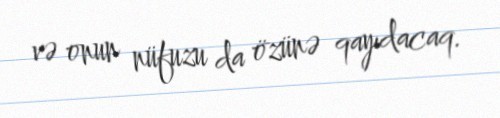
və onun nüfuzu da özünə qayıdacaq.